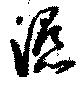
濕